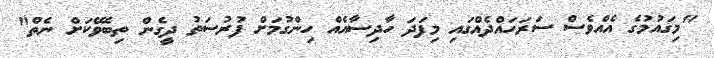
"މިގައުމުގެ އެއްވެސް ސަރަހައްދެއްގައި މިފަދަ ހާދިސާއެއް ހިންގުމަށް ފުރުސަތު ދީގެން ތިބެވޭކަށް ނެތް"